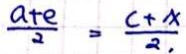
\frac { a + e } { 2 } = \frac { c + x } { 2 . }